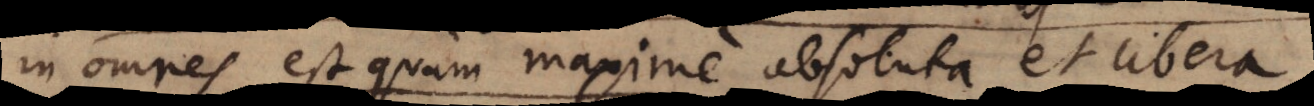
in omnes, est quam maxime absoluta et libera.